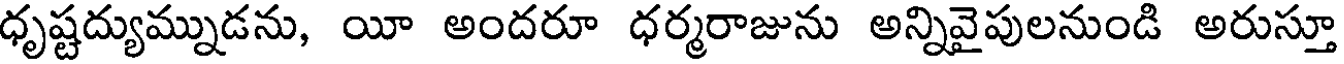
ధృష్టద్యుమ్నుడను, యీ అందరూ ధర్మరాజును అన్నివైపులనుండి అరుస్తూ